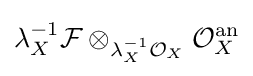
\lambda _{X}^{-1}{\mathcal {F}}\otimes _{\lambda _{X}^{-1}{\mathcal {O}}_{X}}{\mathcal {O}}_{X}^{\mathrm {an} }